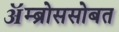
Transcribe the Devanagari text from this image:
ॲम्ब्रोससोबत